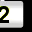
Digit: 2